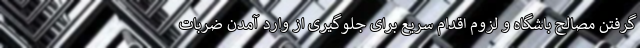
گرفتن مصالح باشگاه و لزوم اقدام سریع برای جلوگیری از وارد آمدن ضربات